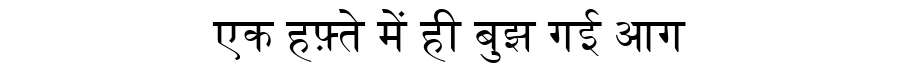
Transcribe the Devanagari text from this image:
एक हफ़्ते में ही बुझ गई आग